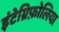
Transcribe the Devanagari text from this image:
इंटेग्रिफ़ोलिया